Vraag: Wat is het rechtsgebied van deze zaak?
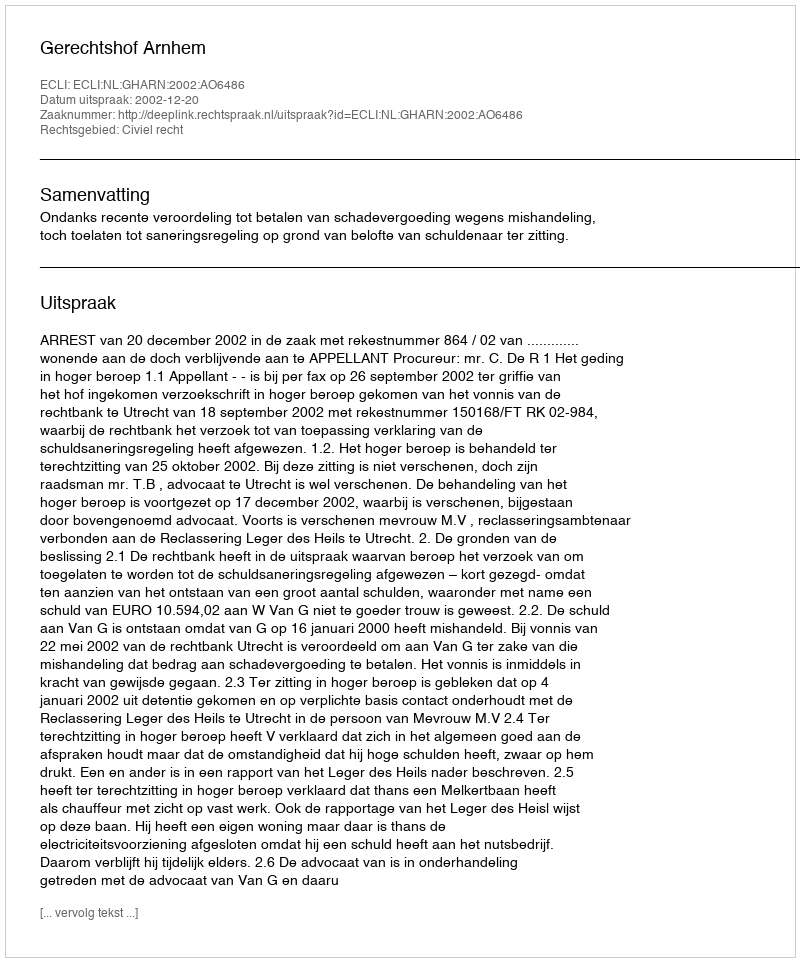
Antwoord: Civiel recht